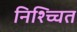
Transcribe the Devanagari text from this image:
निश्च्चित